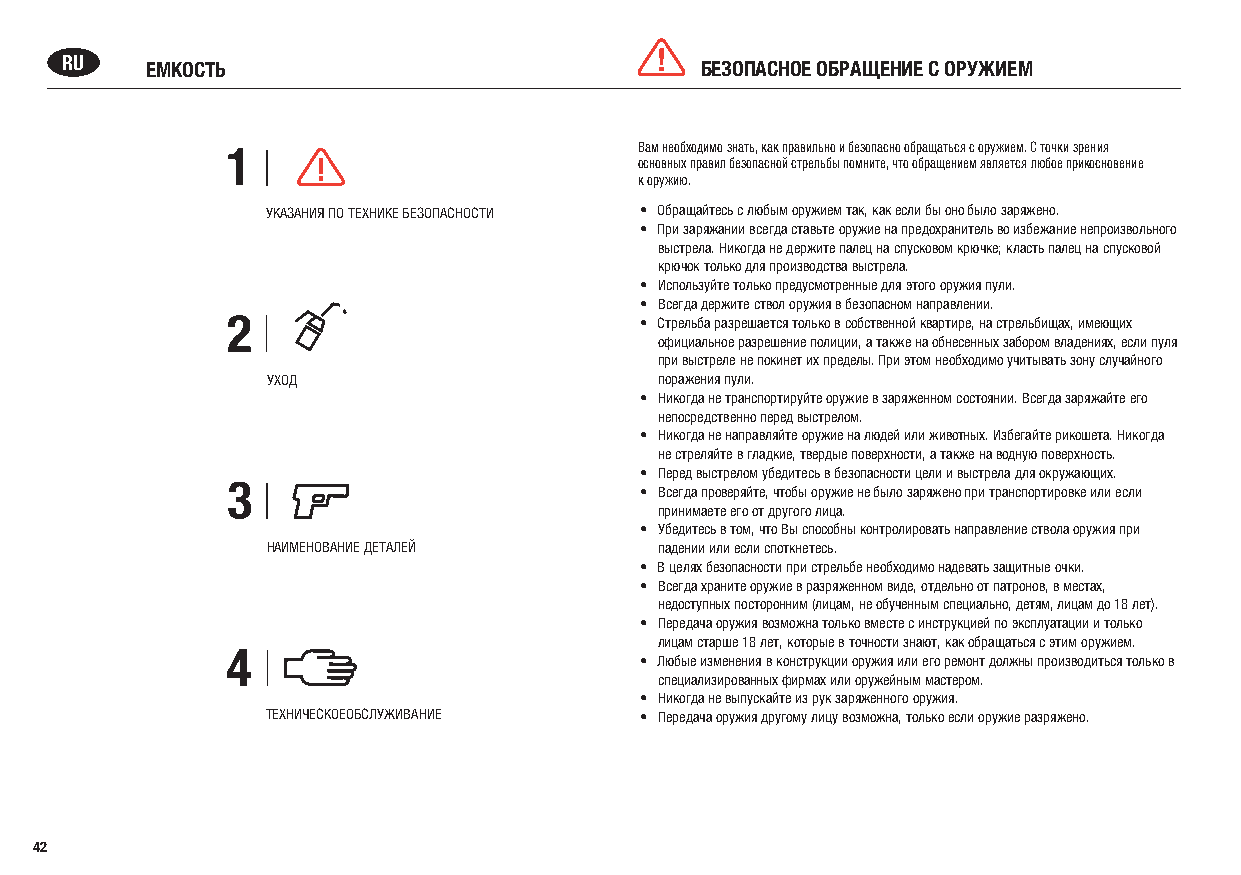
RU    ЕМКОСТЬ                             БЕЗОПАСНОЕ ОБРАЩЕНИЕ С ОРУЖИЕМ
 1                          Вам необходимо знать, как правильно и безопасно обращаться с оружием. С точки зрения
 основных правил безопасной стрельбы помните, что обращением является любое прикосновение
 к оружию.
 УКАЗАНИЯ ПО ТЕХНИКЕ БЕЗОПАСНОСТИ • Обращайтесь с любым оружием так, как если бы оно было заряжено.
 • При заряжании всегда ставьте оружие на предохранитель во избежание непроизвольного
 выстрела. Никогда не держите палец на спусковом крючке; класть палец на спусковой
 крючок только для производства выстрела.
 • Используйте только предусмотренные для этого оружия пули.
 • Всегда держите ствол оружия в безопасном направлении.
 2                          • Стрельба разрешается только в собственной квартире, на стрельбищах, имеющих
 официальное разрешение полиции, а также на обнесенных забором владениях, если пуля
 при выстреле не покинет их пределы. При этом необходимо учитывать зону случайного
 УХОД                      поражения пули.
 • Никогда не транспортируйте оружие в заряженном состоянии. Всегда заряжайте его
 непосредственно перед выстрелом.
 • Никогда не направляйте оружие на людей или животных. Избегайте рикошета. Никогда
 не стреляйте в гладкие, твердые поверхности, а также на водную поверхность.
 • Перед выстрелом убедитесь в безопасности цели и выстрела для окружающих.
 3
 • Всегда проверяйте, чтобы оружие не было заряжено при транспортировке или если
 принимаете его от другого лица.
 • Убедитесь в том, что Вы способны контролировать направление ствола оружия при
 НАИМЕНОВАНИЕ ДЕТАЛЕЙ      падении или если споткнетесь.
 • В целях безопасности при стрельбе необходимо надевать защитные очки.
 • Всегда храните оружие в разряженном виде, отдельно от патронов, в местах,
 недоступных посторонним (лицам, не обученным специально, детям, лицам до 18 лет).
 • Передача оружия возможна только вместе с инструкцией по эксплуатации и только
 лицам старше 18 лет, которые в точности знают, как обращаться с этим оружием.
 4
 • Любые изменения в конструкции оружия или его ремонт должны производиться только в
 специализированных фирмах или оружейным мастером.
 • Никогда не выпускайте из рук заряженного оружия.
 ТЕХНИЧЕСКОЕОБСЛУЖИВАНИЕ • Передача оружия другому лицу возможна, только если оружие разряжено.
 42